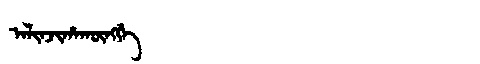
Manchu: ᠠᠯᡳᠨᠵᡳᡥᠠᡴᡡᠩᡤᡝ
Romanization: ALINJIHAKŪNGGE